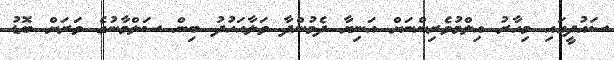
ސައުދީގައި މިހާރު އިލްމުވެރިންނަށް އަނިޔާ ދެމުންދާ ވަލާއަހުދު ބިން ސަލްމާނުގެ ވަރަށް ބޮޑު